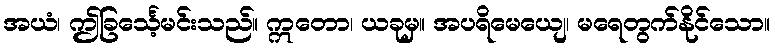
အယံ၊ ဤခြင်္သေ့မင်းသည်။ ဣတော၊ ယခုမှ။ အပရိမေယျေ၊ မရေတွက်နိုင်သော။